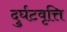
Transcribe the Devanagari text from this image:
दुर्घटवृत्ति